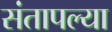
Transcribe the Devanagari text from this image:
संतापल्या